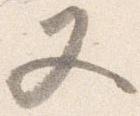
又